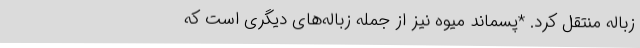
زباله منتقل کرد. *پسماند میوه نیز از جمله زباله‌های دیگری است که